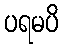
ပရမပိ